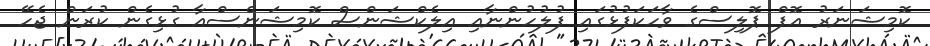
ކޮމިޝަނަރު އޮފް ޕޮލިސްގެ ވާހަކަފުޅުގައި ފުލުހުންނާއި އިލެކްޝަންސް ކޮމިޝަންސްއާ ގުޅިގެން ކުރަން ޖެހޭ